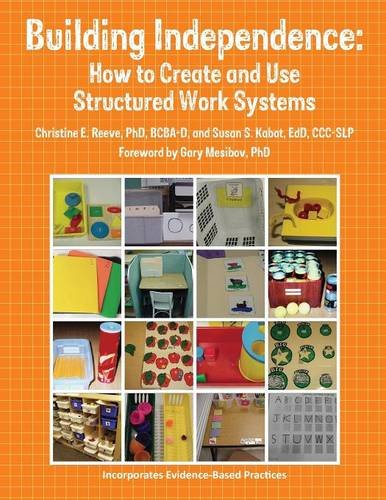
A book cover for Building Independence: How to Create and Use Structured Work Systems; Susan Kabot; Parenting & Relationships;